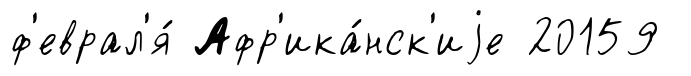
ф'еврал'я́ Афр'ика́нск'иjе 20159